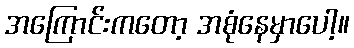
အကြောင်းကတော့ အစုံနေမှာပေါ့။